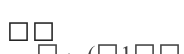
٢٩